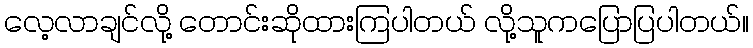
လေ့လာချင်လို့ တောင်းဆိုထားကြပါတယ် လို့သူကပြောပြပါတယ်။